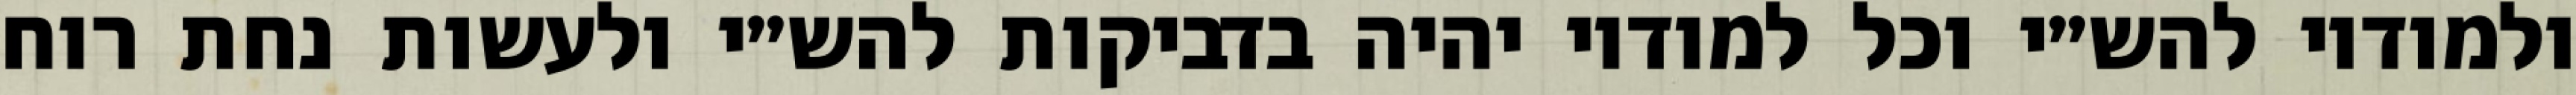
ולמודיו להש״י וכל למודיו יהיה בדביקות להש״י ולעשות נחת רוח